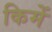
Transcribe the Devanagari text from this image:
किमें